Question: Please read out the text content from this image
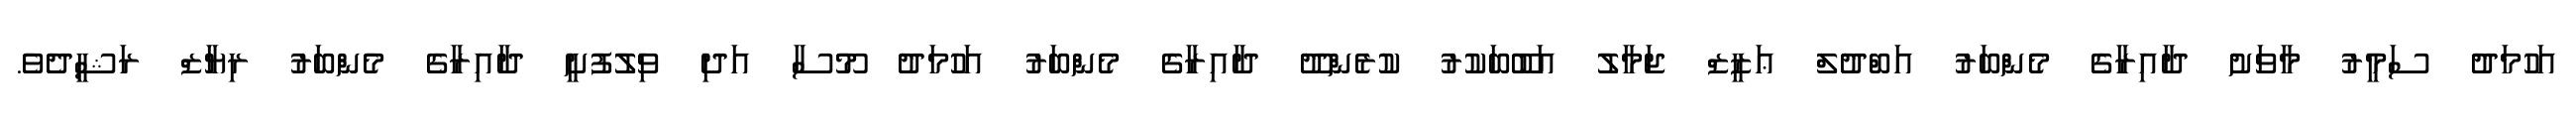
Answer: އަހުމަދު ސަމީރު މާވަށު ދާއިރާގެ މެންބަރު އަބްދުލް ޢަޒީޒް ޖަމާލު އަބޫބަކުރު ކުރެންދޫ ދާއިރާގެ މެންބަރު އަހުމަދު މޫސާ އަދި ވިލުފުށީ ދާއިރާގެ މެންބަރު ރިޔާޒް ރަޝީދެވެ.